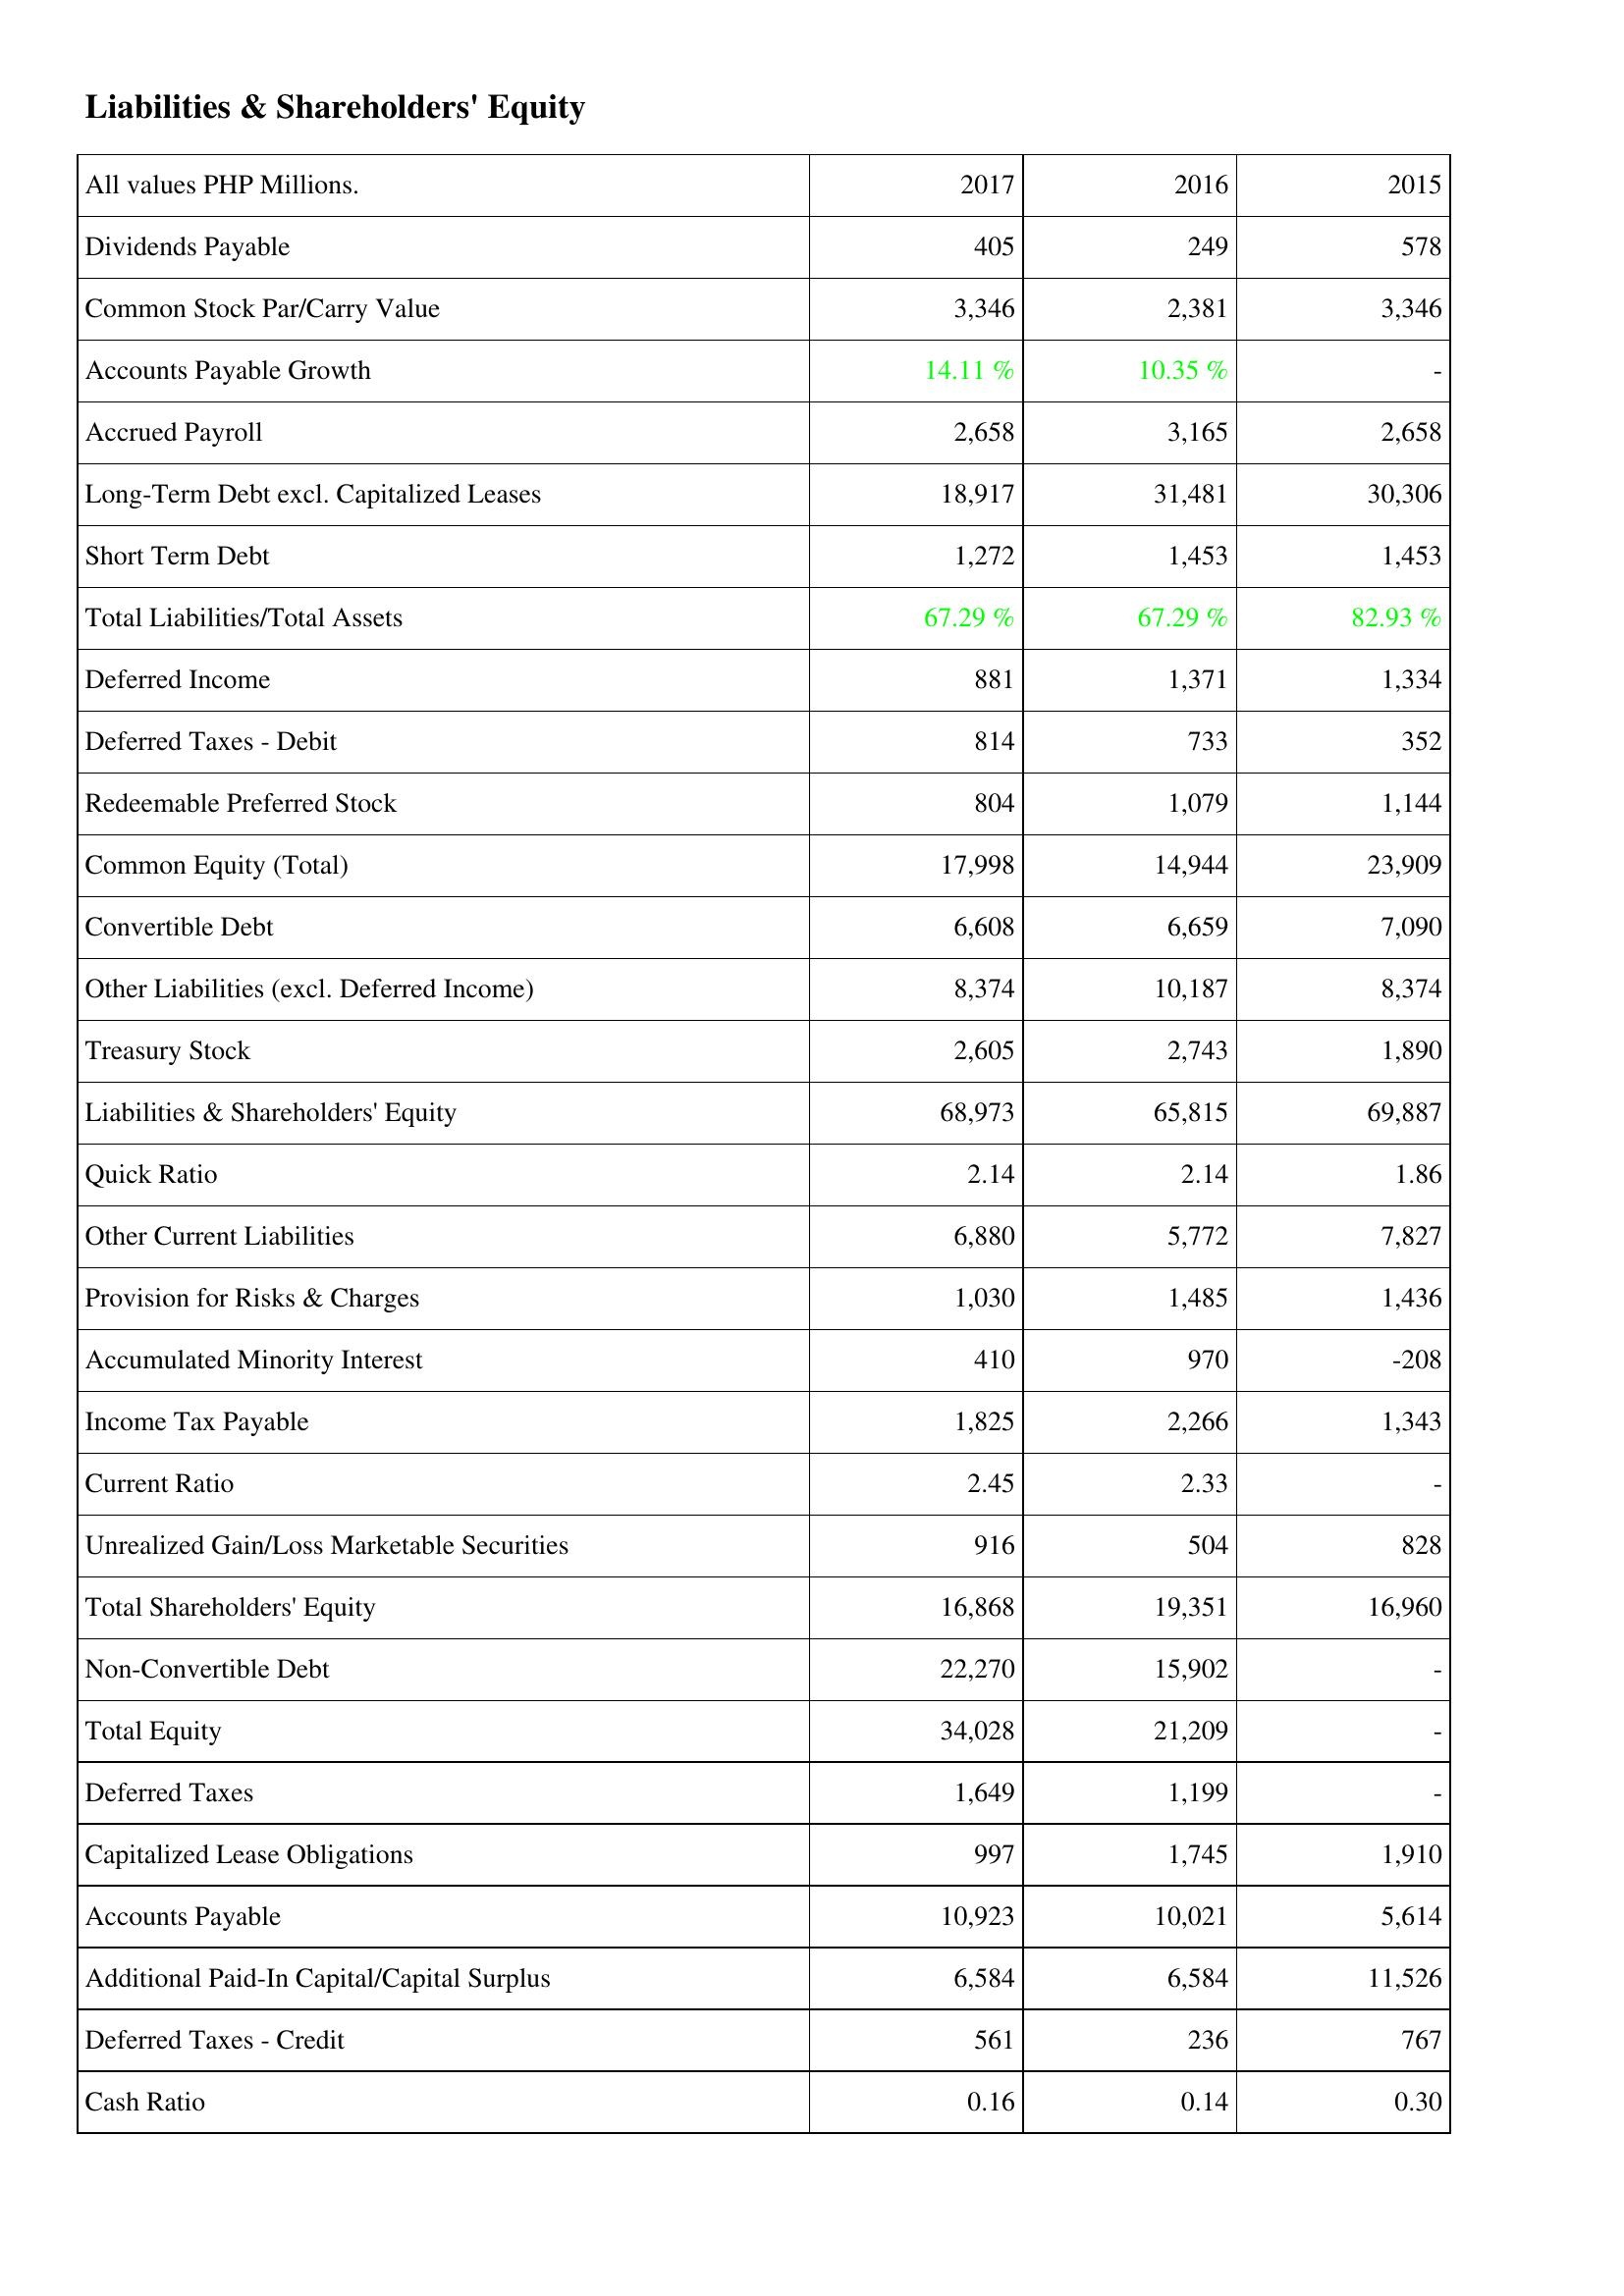
2017: Liabilities & Shareholders' Equity: Dividends Payable: 405
Common Stock Par/Carry Value: 3,346
Accounts Payable Growth: 14.11 %
Accrued Payroll: 2,658
Long-Term Debt excl. Capitalized Leases: 18,917
Short Term Debt: 1,272
Total Liabilities/Total Assets: 67.29 %
Deferred Income: 881
Deferred Taxes - Debit: 814
Redeemable Preferred Stock: 804
Common Equity (Total): 17,998
Convertible Debt: 6,608
Other Liabilities (excl. Deferred Income): 8,374
Treasury Stock: 2,605
Liabilities & Shareholders' Equity: 68,973
Quick Ratio: 2.14
Other Current Liabilities: 6,880
Provision for Risks & Charges: 1,030
Accumulated Minority Interest: 410
Income Tax Payable: 1,825
Current Ratio: 2.45
Unrealized Gain/Loss Marketable Securities: 916
Total Shareholders' Equity: 16,868
Non-Convertible Debt: 22,270
Total Equity: 34,028
Deferred Taxes: 1,649
Capitalized Lease Obligations: 997
Accounts Payable: 10,923
Additional Paid-In Capital/Capital Surplus: 6,584
Deferred Taxes - Credit: 561
Cash Ratio: 0.16
2016: Liabilities & Shareholders' Equity: Dividends Payable: 249
Common Stock Par/Carry Value: 2,381
Accounts Payable Growth: 10.35 %
Accrued Payroll: 3,165
Long-Term Debt excl. Capitalized Leases: 31,481
Short Term Debt: 1,453
Total Liabilities/Total Assets: 67.29 %
Deferred Income: 1,371
Deferred Taxes - Debit: 733
Redeemable Preferred Stock: 1,079
Common Equity (Total): 14,944
Convertible Debt: 6,659
Other Liabilities (excl. Deferred Income): 10,187
Treasury Stock: 2,743
Liabilities & Shareholders' Equity: 65,815
Quick Ratio: 2.14
Other Current Liabilities: 5,772
Provision for Risks & Charges: 1,485
Accumulated Minority Interest: 970
Income Tax Payable: 2,266
Current Ratio: 2.33
Unrealized Gain/Loss Marketable Securities: 504
Total Shareholders' Equity: 19,351
Non-Convertible Debt: 15,902
Total Equity: 21,209
Deferred Taxes: 1,199
Capitalized Lease Obligations: 1,745
Accounts Payable: 10,021
Additional Paid-In Capital/Capital Surplus: 6,584
Deferred Taxes - Credit: 236
Cash Ratio: 0.14
2015: Liabilities & Shareholders' Equity: Dividends Payable: 578
Common Stock Par/Carry Value: 3,346
Accounts Payable Growth: -
Accrued Payroll: 2,658
Long-Term Debt excl. Capitalized Leases: 30,306
Short Term Debt: 1,453
Total Liabilities/Total Assets: 82.93 %
Deferred Income: 1,334
Deferred Taxes - Debit: 352
Redeemable Preferred Stock: 1,144
Common Equity (Total): 23,909
Convertible Debt: 7,090
Other Liabilities (excl. Deferred Income): 8,374
Treasury Stock: 1,890
Liabilities & Shareholders' Equity: 69,887
Quick Ratio: 1.86
Other Current Liabilities: 7,827
Provision for Risks & Charges: 1,436
Accumulated Minority Interest: -208
Income Tax Payable: 1,343
Current Ratio: -
Unrealized Gain/Loss Marketable Securities: 828
Total Shareholders' Equity: 16,960
Non-Convertible Debt: -
Total Equity: -
Deferred Taxes: -
Capitalized Lease Obligations: 1,910
Accounts Payable: 5,614
Additional Paid-In Capital/Capital Surplus: 11,526
Deferred Taxes - Credit: 767
Cash Ratio: 0.30